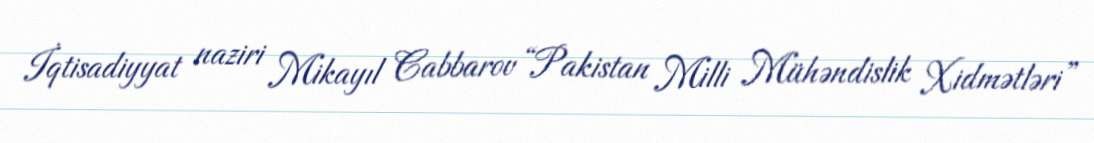
İqtisadiyyat naziri Mikayıl Cabbarov “Pakistan Milli Mühəndislik Xidmətləri”